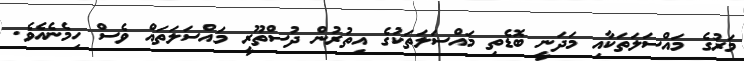
މަރުގެ މައްސަލަތަކާއި މަދަނީ ބޮޑެތި މައްސަލަތަކުގެ އިތުރުން ދުސްތޫރީ މައްސަލަތައް ވެސް ހިމެނެއެވެ.